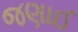
જણાઈ